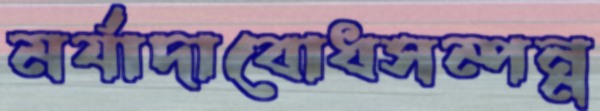
মর্যাদাবোধসম্পন্ন